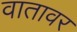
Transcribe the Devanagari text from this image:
वातावर